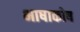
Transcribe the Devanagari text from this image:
भाषाकोष